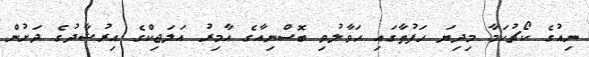
ނިއުގެ ކޯޗުކަމާ މިދިޔަ ހަފުތާގައި ހަވާލުވި ބޮސްނިއާގެ އާމިރު އަލަޖިކްގެ އިރުޝާދުގެ ދަށުން